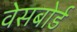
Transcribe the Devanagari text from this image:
वेसबोर्ड